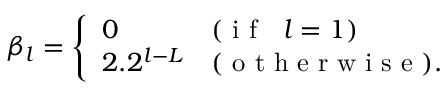
\beta _ { l } = \left\{ \begin{array} { l l } { 0 } & { ( \mathrm { ~ i ~ f ~ \ \ } l = 1 ) } \\ { 2 . 2 ^ { l - L } } & { ( \mathrm { ~ o ~ t ~ h ~ e ~ r ~ w ~ i ~ s ~ e ~ } ) . } \end{array} \right.